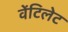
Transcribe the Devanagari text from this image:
वेंटिलेट